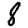
Digit: 8